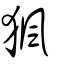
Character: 猦